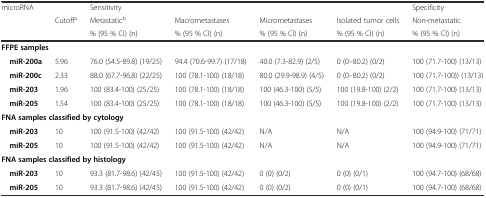
<table><thead><tr><td rowspan="3"><b>microRNA</b></td><td></td><td colspan="3"><b>Sensitivity</b></td><td></td><td><b>Specificity</b></td></tr><tr><td rowspan="2"><b>Cutoff<sup>a</sup></b></td><td><b>Metastatic<sup>b</sup></b></td><td><b>Macrometastases</b></td><td><b>Micrometastases</b></td><td><b>Isolated tumor cells</b></td><td><b>Non-metastatic</b></td></tr><tr><td><b>% (95 % CI) (n)</b></td><td><b>% (95 % CI) (n)</b></td><td><b>% (95 % CI) (n)</b></td><td><b>% (95 % CI) (n)</b></td><td><b>% (95 % CI) (n)</b></td></tr></thead><tbody><tr><td colspan="7"><b>FFPE samples</b></td></tr><tr><td><b> miR-200a</b></td><td>5.96</td><td>76.0 (54.5-89.8) (19/25)</td><td>94.4 (70.6-99.7) (17/18)</td><td>40.0 (7.3-82.9) (2/5)</td><td>0 (0–80.2) (0/2)</td><td>100 (71.7-100) (13/13)</td></tr><tr><td><b> miR-200c</b></td><td>2.33</td><td>88.0 (67.7-96.8) (22/25)</td><td>100 (78.1-100) (18/18)</td><td>80.0 (29.9-98.9) (4/5)</td><td>0 (0–80.2) (0/2)</td><td>100 (71.7-100)) (13/13)</td></tr><tr><td><b> miR-203</b></td><td>1.96</td><td>100 (83.4-100) (25/25)</td><td>100 (78.1-100) (18/18)</td><td>100 (46.3-100) (5/5)</td><td>100 (19.8-100) (2/2)</td><td>100 (71.7-100) (13/13)</td></tr><tr><td><b> miR-205</b></td><td>1.54</td><td>100 (83.4-100) (25/25)</td><td>100 (78.1-100) (18/18)</td><td>100 (46.3-100) (5/5)</td><td>100 (19.8-100) (2/2)</td><td>100 (71.7-100) (13/13)</td></tr><tr><td colspan="7"><b>FNA samples classified by cytology</b></td></tr><tr><td><b> miR-203</b></td><td>10</td><td>100 (91.5-100) (42/42)</td><td>100 (91.5-100) (42/42)</td><td>N/A</td><td>N/A</td><td>100 (94.9-100) (71/71)</td></tr><tr><td><b> miR-205</b></td><td>10</td><td>100 (91.5-100) (42/42)</td><td>100 (91.5-100) (42/42)</td><td>N/A</td><td>N/A</td><td>100 (94.9-100) (71/71)</td></tr><tr><td colspan="7"><b>FNA samples classified by histology</b></td></tr><tr><td><b> miR-203</b></td><td>10</td><td>93.3 (81.7-98.6) (42/45)</td><td>100 (91.5-100) (42/42)</td><td>0 (0) (0/2)</td><td>0 (0) (0/1)</td><td>100 (94.7-100) (68/68)</td></tr><tr><td><b> miR-205</b></td><td>10</td><td>93.3 (81.7-98.6) (42/45)</td><td>100 (91.5-100) (42/42)</td><td>0 (0) (0/2)</td><td>0 (0) (0/1)</td><td>100 (94.7-100) (68/68)</td></tr></tbody></table>